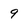
Character: 9